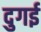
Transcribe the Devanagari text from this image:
दुगई